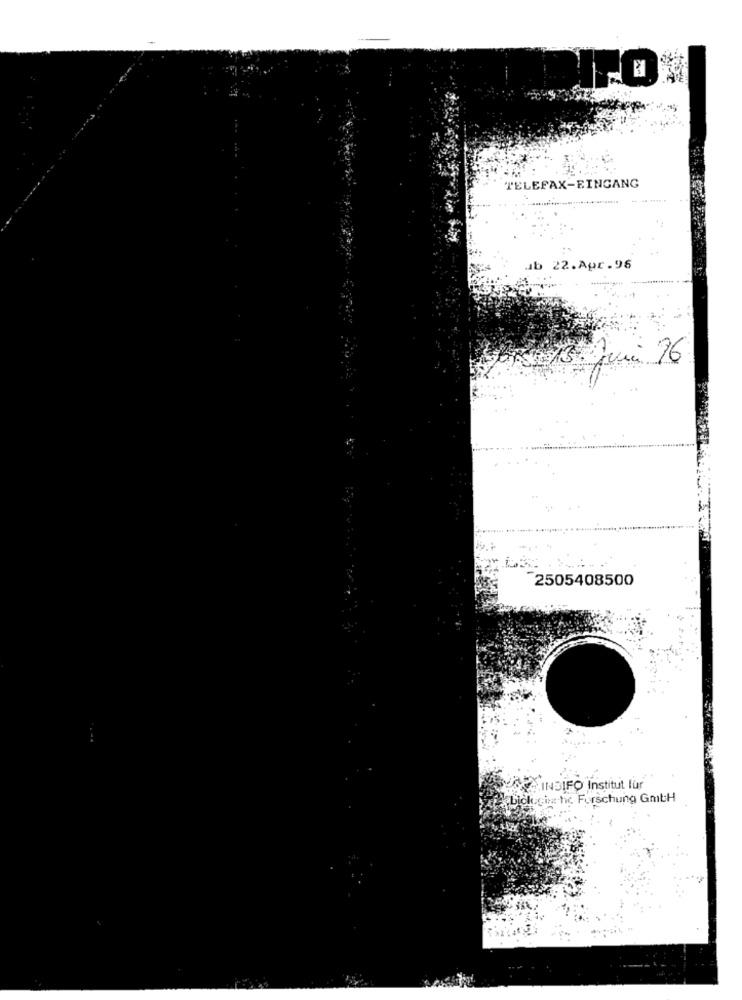
TELEFAX-EINGANG
ub 22.Apr.96
13. Juni 96
2505408500
.INBIFO Institut fur
kgin he Forschung GmtH